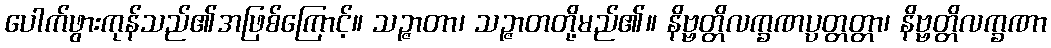
ပေါက်ဖွားကုန်သည်၏အဖြစ်ကြောင့်။ သဉ္ဇာတာ၊ သဉ္ဇာတတို့မည်၏။ နိဗ္ဗတ္တိလက္ခဏပ္ပတ္တတ္တာ၊ နိဗ္ဗတ္တိလက္ခဏာ